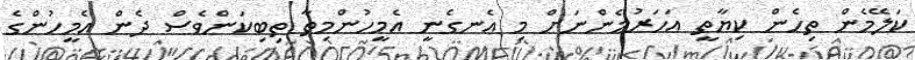
ކަލޭމެން ތިހެން ކިޔާތީ އަހަރުމެންނަށް މި އެނގެނީ އެމީހުންމިތާ ތިބިކަންވެސް ދެން އެމީހުންގެ